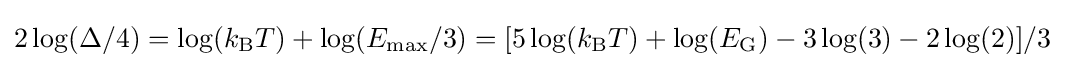
2\log(\Delta /4)=\log(k_{\rm {B}}T)+\log(E_{\rm {max}}/3)=[5\log(k_{\rm {B}}T)+\log(E_{\rm {G}})-3\log(3)-2\log(2)]/3